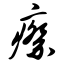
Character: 瘵